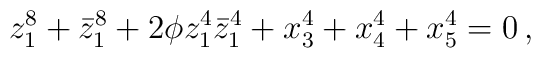
z_1^8+\bar z_1^8 +2\phi z_1^4\bar z_1^4+x_3^4+x_4^4+x_5^4 =0 \, ,